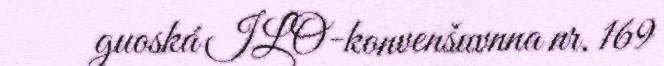
guoská ILO-konvenšuvnna nr. 169